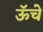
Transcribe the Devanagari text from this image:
ऊॅचे